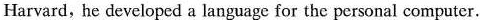
Harvard, he developed a language for the personal computer.